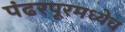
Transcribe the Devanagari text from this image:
पंढरपूरमध्येच